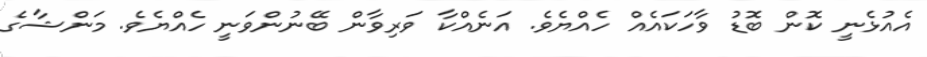
އެއުޅެނީ ކޮން ބޮޑު ވާހަކައެއް ހެއްޔެވެ. އަނެއްކާ ވަރިވާން ބޭނުންވަނީ ހެއްޔެވެ. މަންޝާގެ